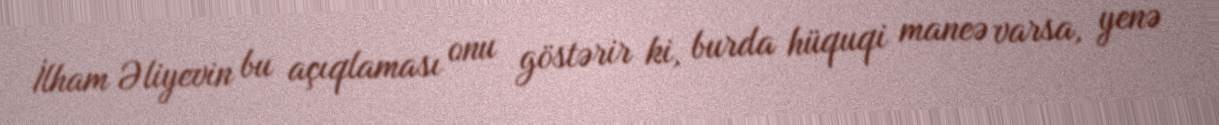
İlham Əliyevin bu açıqlaması onu göstərir ki, burda hüquqi maneə varsa, yenə